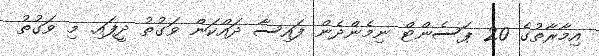
އިމާރާތުގެ 20 ޕަސެންޓް ނިމެންދެން ފައިސާ ދައްކަން ވަގުތު ދީފައި. މި ވަގުތު